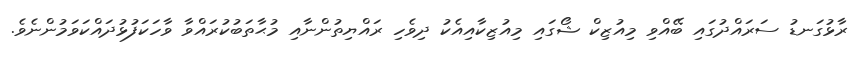
ރާޅުގަނޑު ސަރައްދުގައި ބޭއްވި މިއުޒިކް ޝޯގައި މިއުޒިކާއިއެކު ދިވެހި ރައްޔިތުންނާއި މުޙާތަބުކުރައްވާ ވާހަކަފުޅުދައްކަވަމުންނެވެ.